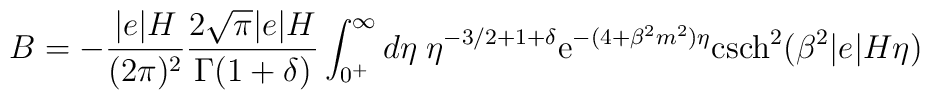
B = - \frac{ \vert e \vert H}{(2 \pi)^2} \frac{2 \sqrt{\pi} \vert e \vert H}{ \Gamma (1 + \delta)} \int_{0^+}^{\infty} d \eta \; \eta^{ - 3/2 + 1 + \delta} {\rm e}^{- ( 4 + \beta^2 m^2) \eta} {\rm csch}^2(\beta^2 \vert e \vert H \eta )